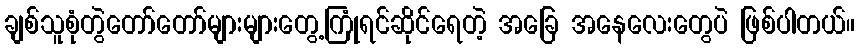
ချစ်သူစုံတွဲတော်တော်များများတွေ့ကြုံရင်ဆိုင်ရေတဲ့ အခြေ အနေလေးတွေပဲ ဖြစ်ပါတယ်။